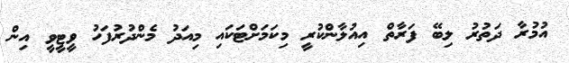
އުމުރާ ދަތުރު ލިބޭ ފަރާތް އިއުލާންކުރީ މިކަމަށްޓަކައި މިއަދު މެންދުރުފަހު ވީޓީވީ އިން